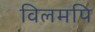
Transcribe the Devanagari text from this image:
विलमपि